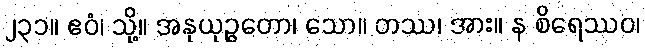
၂၃၁။ ဧဝံ၊ သို့။ အနုယုဉ္ဇတော၊ သော။ တဿ၊ အား။ န စိရေဿဝ၊